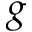
g